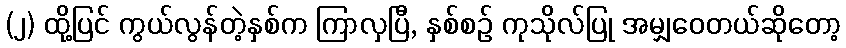
(၂) ထို့ပြင် ကွယ်လွန်တဲ့နှစ်က ကြာလှပြီ, နှစ်စဉ် ကုသိုလ်ပြု အမျှဝေတယ်ဆိုတော့